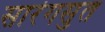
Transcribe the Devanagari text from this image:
सारंगसुत